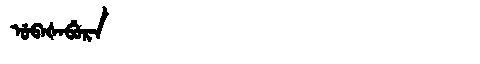
Manchu: ᡠᠪᠠᡧᠠᠪᡠᡵᠠ
Romanization: UBAŠABURA